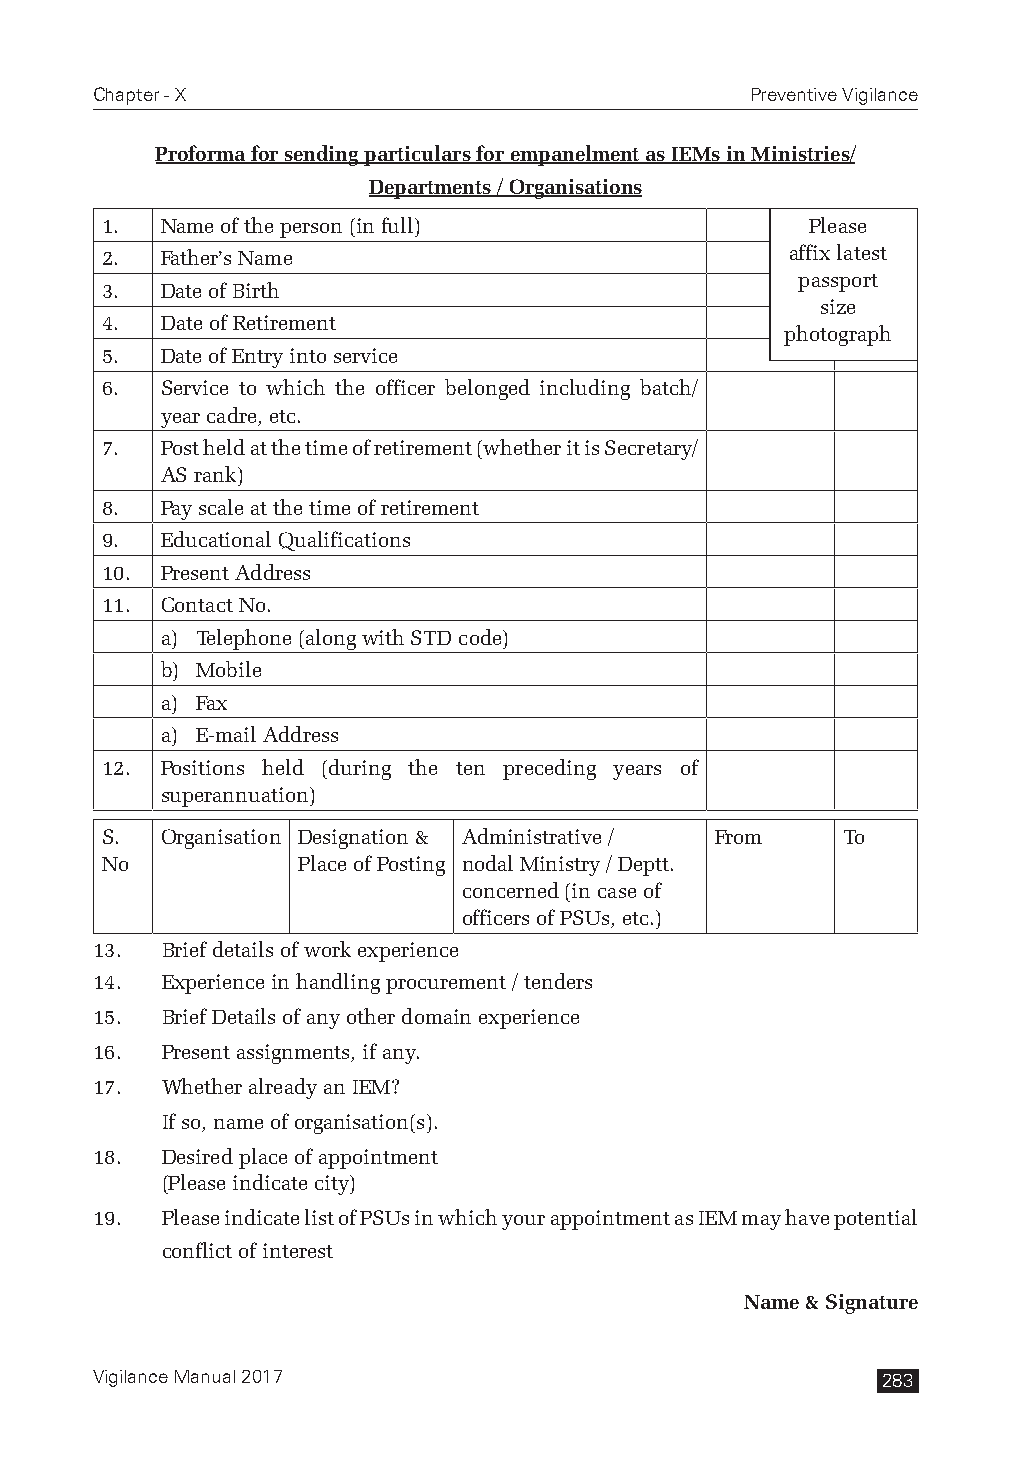
Chapter - X                                 Preventive Vigilance
 Proforma for sending particulars for empanelment as IEMs in Ministries/
 Departments / Organisations
 1.  Name of the person (in full)               Please
 2.  Father’s Name                            affix latest
 passport
 3.  Date of Birth
 size
 4.  Date of Retirement
 photograph
 5.  Date of Entry into service
 6.  Service to which the officer belonged including batch/
 year cadre, etc.
 7.  Post held at the time of retirement (whether it is Secretary/
 AS rank)
 8.  Pay scale at the time of retirement
 9.  Educational Qualifications
 10. Present Address
 11. Contact No.
 a) Telephone (along with STD code)
 b) Mobile
 a) Fax
 a) E-mail Address
 12. Positions held (during the ten preceding years of
 superannuation)
 S.  Organisation Designation & Administrative / From To
 No           Place of Posting nodal Ministry / Deptt.
 concerned (in case of
 officers of PSUs, etc.)
 13.  Brief details of work experience
 14.  Experience in handling procurement / tenders
 15.  Brief Details of any other domain experience
 16.  Present assignments, if any.
 17.  Whether already an IEM?
 If so, name of organisation(s).
 18.  Desired place of appointment
 (Please indicate city)
 19.  Please indicate list of PSUs in which your appointment as IEM may have potential
 conflict of interest
 Name & Signature
 Vigilance Manual 2017                               283